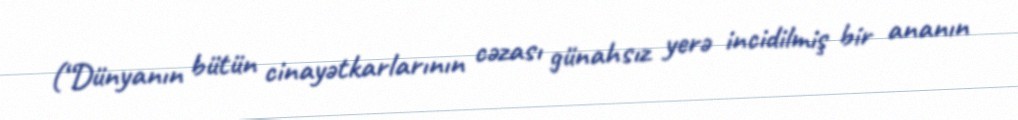
(“Dünyanın bütün cinayətkarlarının cəzası günahsız yerə incidilmiş bir ananın